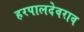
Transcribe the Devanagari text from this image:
हरपालदेवराव